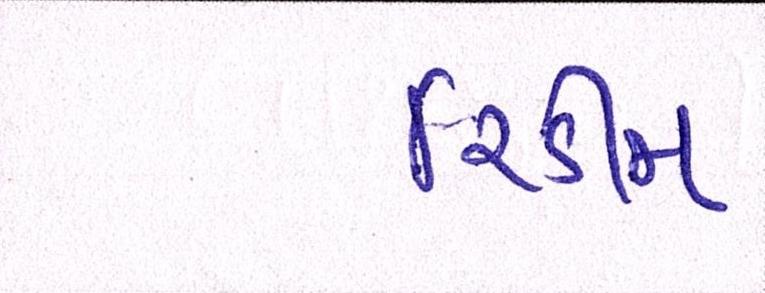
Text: રિડીમ